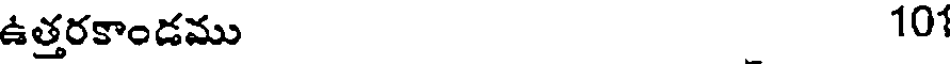
ఉత్తరకాండము 101